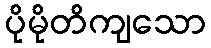
ပိုမိုတိကျသော